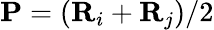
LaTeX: \mathbf{P}=(\mathbf{R}_{i}+\mathbf{R}_{j})/2